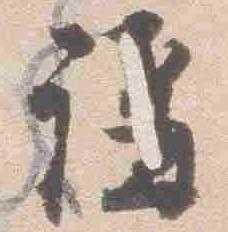
講